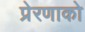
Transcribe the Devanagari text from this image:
प्रेरणाको